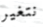
نتغير